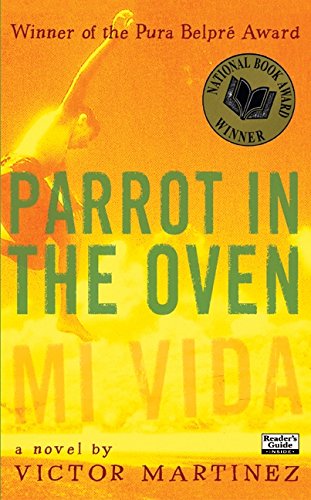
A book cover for Parrot in the Oven: Mi vida; Victor Martinez; Teen & Young Adult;